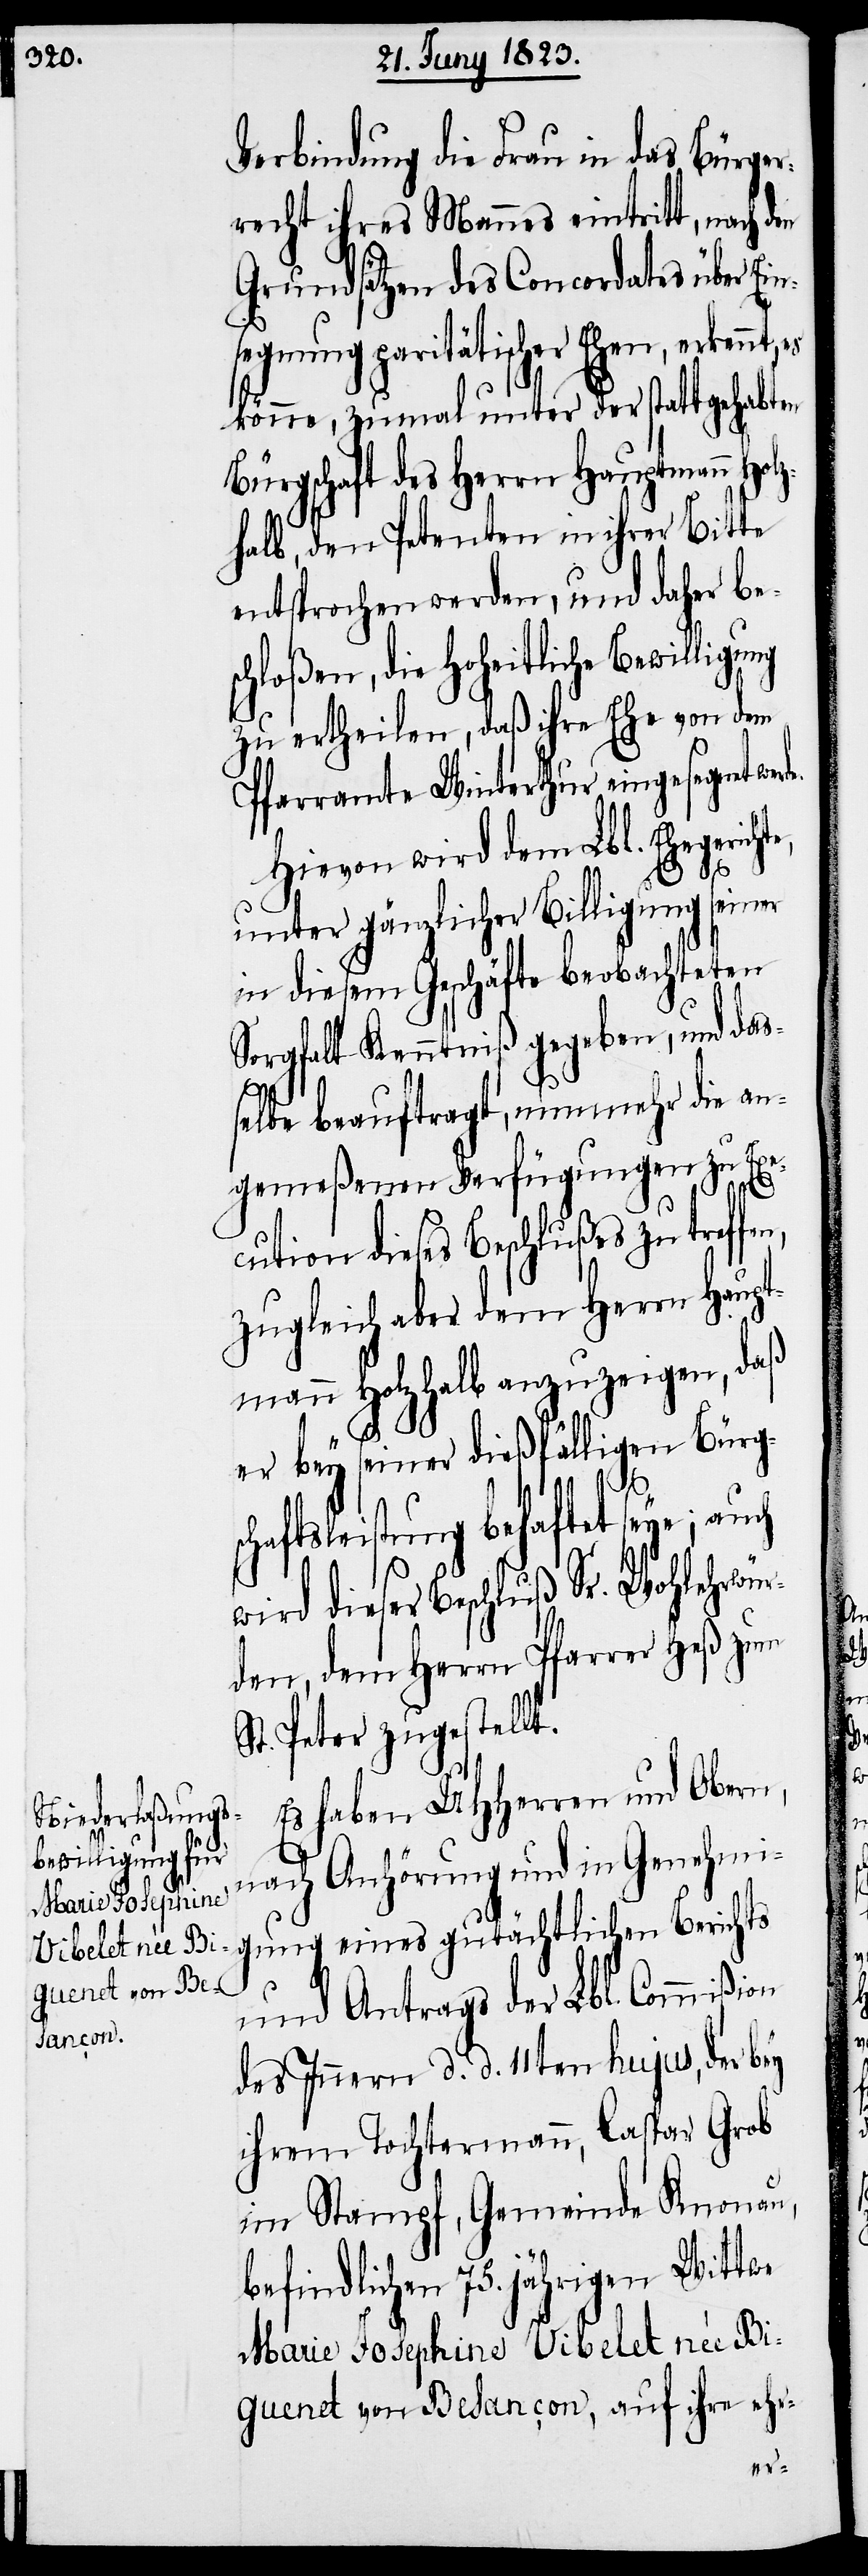
Verbindung die Frau in das Bürger¬
recht ihres Mannes eintritt, nach den
Grundsätzen des Concordates über Ein¬
segnung paritätischer Ehen, erkennt,
könne, zumal unter der stattgehabten
Bürgschaft des Herrn Hauptmann Hol¬
zhalb, den Petenten in ihrer Bitte
entsprochen werden, und daher be¬
schloßen, die Hoheitliche Bewilligung
zu ertheilen, daß ihre Ehe von dem
Pfarramte Winterthur eingesegnet we¬
Hievon wird dem Lbl. Ehegericht¬
unter gänzlicher Billigung seiner
in diesem Geschäfte beobachteten
Sorgfalt Kenntniß gegeben, und daß¬
elbe beauftragt, nunmehr die an¬
gemeßenen Verfügungen zu Exe¬
cution dieses Beschlußes zu treff¬
zugleich aber dem Herrn Haupt¬
mann Holzhalb anzuzeigen, daß
er bey seiner dießfälligen Bürg¬
rde.
schaftsleistung behaftet seye; auch
wird dieser Beschluß Sr. Wohlehrwür¬
den, dem Herrn Pfarrer Heß zum
St. Peter zugestellt.
Es haben UHHerren und Obern,
nach Anhörung und in Genehmi¬
gung eines gutächtlichen Berichts
und Antrags der Lbl. Commißion
des Innern d. d. 11ten hujus, der bey
ihrem Tochtermann, Caspar Grob
im Stampf, Gemeinde Knonau,
befindlichen 75. jährigen Wittwe
Marie Josephine Vibelet née Bi¬
guenet von Besancon, auf ihre ehr-
en,